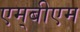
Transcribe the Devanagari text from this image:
एम्‌बीएम